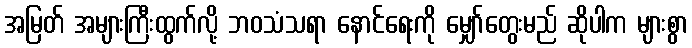
အမြတ် အများကြီးထွက်လို့ ဘဝသံသရာ နောင်ရေးကို မျှော်တွေးမည် ဆိုပါက များစွာ